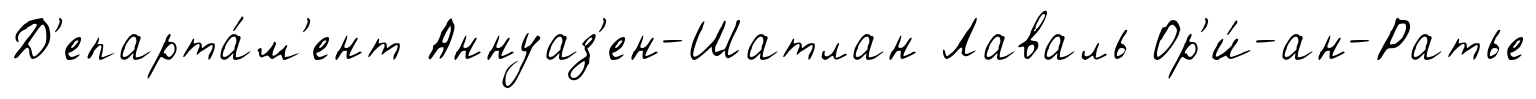
Д'епарта́м'ент Аннуаз'ен-Шатлан Лаваль Ор'и́-ан-Ратье